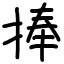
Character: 捧